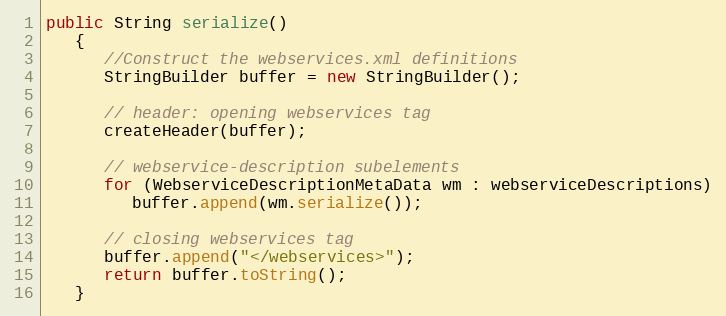
Language: Java
public String serialize()
   {
      //Construct the webservices.xml definitions
      StringBuilder buffer = new StringBuilder();

      // header: opening webservices tag
      createHeader(buffer);

      // webservice-description subelements
      for (WebserviceDescriptionMetaData wm : webserviceDescriptions)
         buffer.append(wm.serialize());

      // closing webservices tag
      buffer.append("</webservices>");
      return buffer.toString();
   }